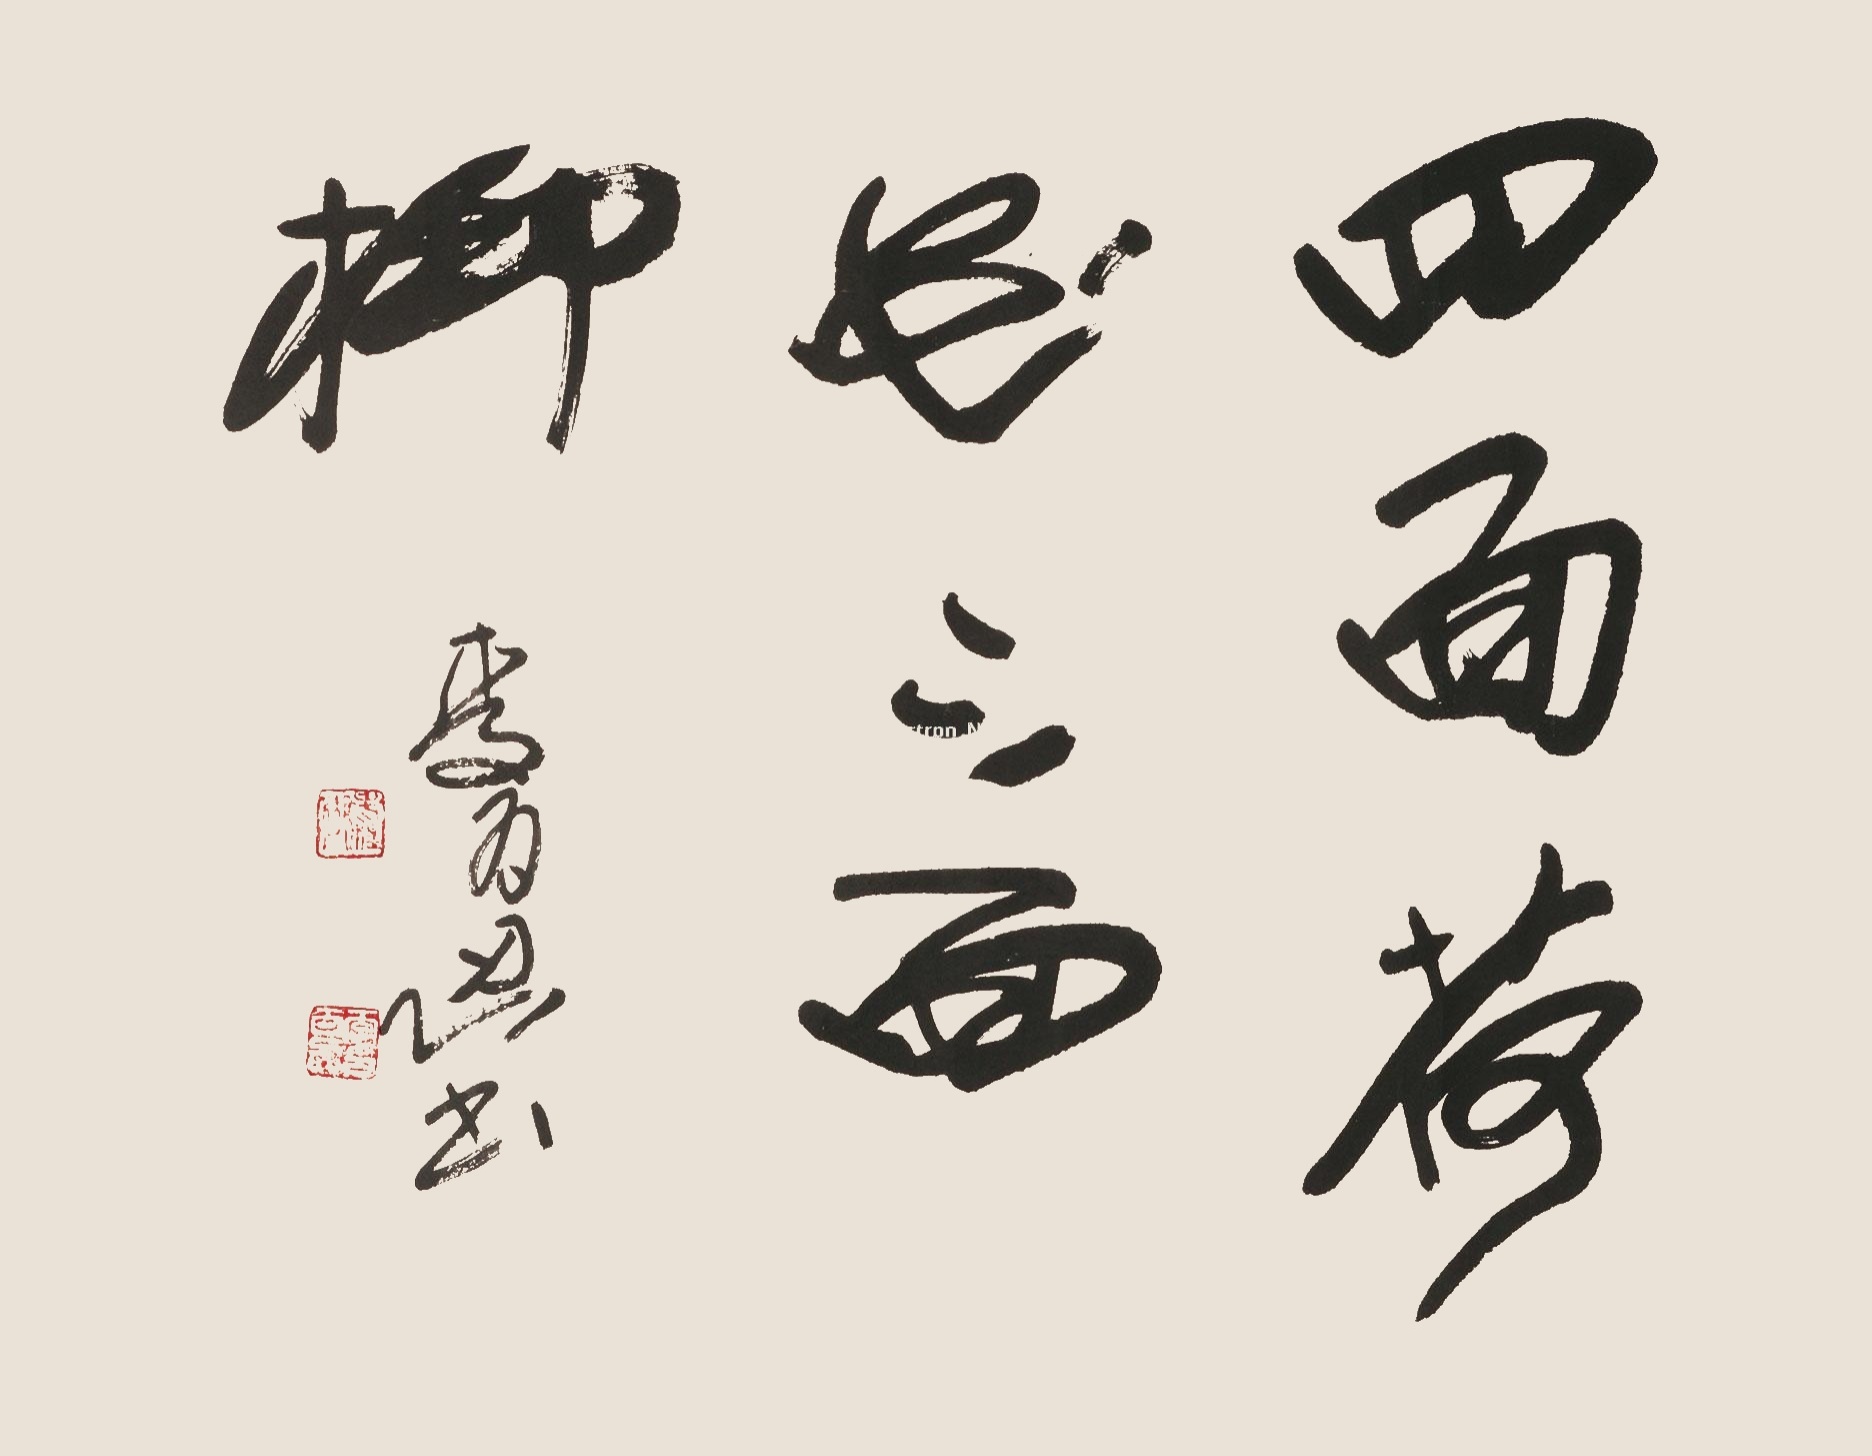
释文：四面荷花三面柳。李百忍书。